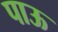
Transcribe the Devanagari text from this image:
पाऊ